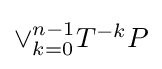
{\textstyle \vee _{k=0}^{n-1}T^{-k}P}